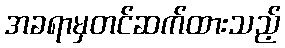
အခရာမှတင်ဆက်ထားသည့်